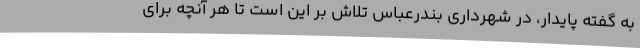
به گفته پایدار، در شهرداری بندرعباس تلاش بر این است تا هر آنچه برای